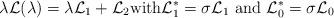
LaTeX: \begin{align*}\lambda \mathcal{L}(\lambda)=\lambda \mathcal{L}_1+\mathcal{L}_2 \mbox{with} \mathcal{L}_1^*=\sigma \mathcal{L}_1 \,\, \mbox{and}\,\, \mathcal{L}_0^*=\sigma \mathcal{L}_0\end{align*}